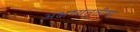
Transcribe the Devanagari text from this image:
अक्षय्यतृतीया